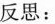
反思：